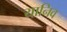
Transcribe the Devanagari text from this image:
यानिव